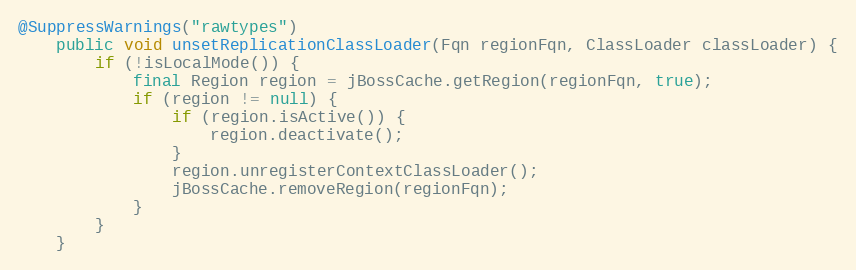
Language: Java
@SuppressWarnings("rawtypes")
	public void unsetReplicationClassLoader(Fqn regionFqn, ClassLoader classLoader) {
		if (!isLocalMode()) {
			final Region region = jBossCache.getRegion(regionFqn, true);
			if (region != null) {
				if (region.isActive()) {
					region.deactivate();
				}
				region.unregisterContextClassLoader();
				jBossCache.removeRegion(regionFqn);
			}
		}
	}